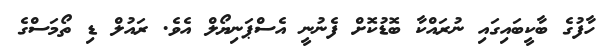
ހާފުގެ ބާކީބައިގައި ނުރައްކާ ބޮޑުކޮށް ފެނުނީ އެސްޕަނިޔޯލް އެވެ. ރައުލް ޑި ތޯމަސްގެ